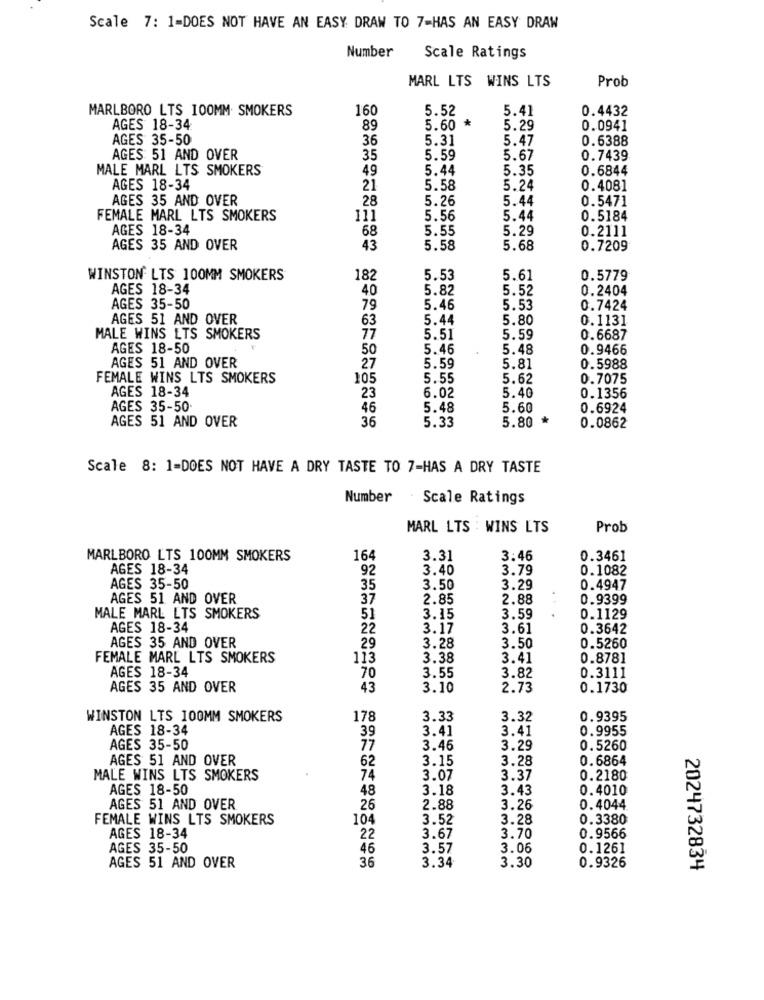
Scale 7: 1-DOES NOT HAVE AN EASY DRAW TO 7-HAS AN EASY DRAW
Number
Scale Ratings
MARL LTS WINS LTS
Prob
MARLBORO LTS 100MM SMOKERS
160
5.52
5.41
0.4432
AGES 18-34:
89
5.60 *
5.29
0.0941
AGES 35-50
36
5.31
5.47
0.6388
AGES: 51 AND OVER
35
5.59
5.67
0.7439
MALE MARL LTS SMOKERS
49
5.44
5.35
0.6844
AGES 18-34
21
5.58
5.24
0.4081
AGES 35 AND OVER
28
5.26
5.44
0.5471
FEMALE MARL LTS SMOKERS
11]
5.56
5.44
0.5184
AGES 18-34
68
5.55
5.29
0.2111
AGES 35 AND OVER
43
5.58
5.68
0.7209
WINSTON LTS 100MM SMOKERS
182
5.53
5.61
0.5779
AGES 18-34
40
5.82
5.52
0.2404
AGES 35-50
79
5.46
5.53
0.7424
AGES 51 AND OVER
63
5.44
5.80
0.1131
MALE WINS LTS SMOKERS
77
5.51
5.59
0.6687
AGES 18-50
50
5.46
5.48
0.9466
AGES 51 AND OVER
27
5.59
5.81
0.5988
FEMALE WINS LTS SMOKERS
105
5.55
5.62
0.7075
AGES 18-34
23
6.02
5.40
0.1356
AGES 35-50-
46
5.48
5.60
0.6924
AGES 51 AND OVER
36
5.33
5.80
0.0862
Scale 8: 1=DOES NOT HAVE A DRY TASTE TO 7-HAS A DRY TASTE
Number
Scale Ratings
MARL LTS : WINS LTS
Prob
MARLBORO LTS 100MM SMOKERS
164
3.31
3:46
0.3461
AGES 18-34
92
3.40
3.79
0.1082
AGES 35-50
35
3.50
3.29
0.4947
AGES 51 AND OVER
37
2.85
2.88
0.9399
MALE MARL LTS SMOKERS
51
3.15
3.59
0.1129
AGES 18-34
22
3.17
3.61
0.3642
AGES 35 AND OVER
29
3.28
3.50
0.5260
FEMALE MARL LTS SMOKERS
113
3.38
3.41
0.8781
AGES 18-34
3.55
3.82
0.3111
70
AGES 35 AND OVER
43
3.10
MMMMMmmmMM
2.73
0.1730
WINSTON LTS 100MM SMOKERS
178
3.33
3.32
0.9395
AGES 18-34
3.41
3.41
0.9955
39
AGES 35-50
77
3.46
3.29
0.5260
AGES 51 AND OVER
3.15
3.28
0.6864
62
MALE WINS LTS SMOKERS
74
3.07
3.37
0.2180
AGES 18-50
48
3.18
3.43
0.4010
AGES 51 AND OVER
26
2.88
3.26
0.4044
FEMALE WINS LTS SMOKERS
104
3.52
3.28
0.3380
AGES 18-34
22
3.67
3.70
0.9566
AGES 35-50
46
3.57
3.06
0.1261
36
AGES 51 AND OVER
3.34
3.30
0.9326
2024732834